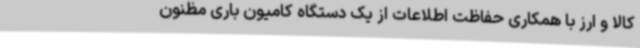
کالا و ارز با همکاری حفاظت اطلاعات از یک دستگاه کامیون باری مظنون